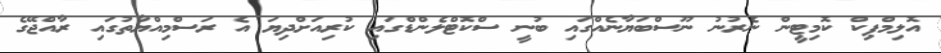
އޮލިމްޕިކް ކޮމިޓީން ނެރުނު ނޫސްބަޔާނެއްގައި ބުނީ ސްކޮޓްލެންޑްގައި ކުރިއަށްދިޔަ އެ ރަސްމިއްޔާތުގައި ރާއްޖޭގެ